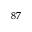
^ { 8 7 }